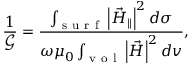
\frac { 1 } { \mathcal { G } } = \frac { \int _ { \mathrm { ~ s ~ u ~ r ~ f ~ } } \left| \vec { H } _ { \parallel } \right| ^ { 2 } d \sigma } { \omega \mu _ { 0 } \int _ { \mathrm { ~ v ~ o ~ l ~ } } \left| \vec { H } \right| ^ { 2 } d v } ,